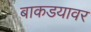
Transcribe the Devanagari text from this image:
बाकडयावर